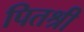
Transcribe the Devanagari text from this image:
पितश्री